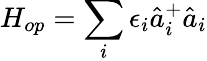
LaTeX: H_{op}=\sum_{i}\epsilon_{i}\hat{a}_{i}^{+}\hat{a}_{i}